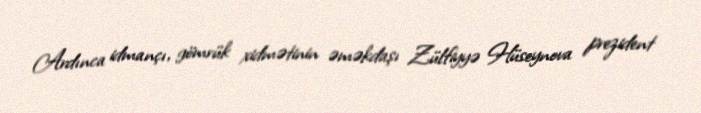
Ardınca idmançı, gömrük xidmətinin əməkdaşı Zülfiyyə Hüseynova prezident